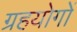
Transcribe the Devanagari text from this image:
ग्रहयोगों